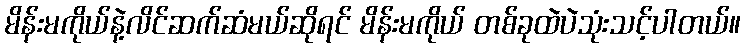
မိန်းမကိုယ်နဲ့လိင်ဆက်ဆံမယ်ဆိုရင် မိန်းမကိုယ် တစ်ခုထဲပဲသုံးသင့်ပါတယ်။